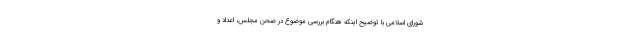
شورای اسلامی با توضیح اینکه هنگام بررسی موضوع در صحن مجلس، اعداد و